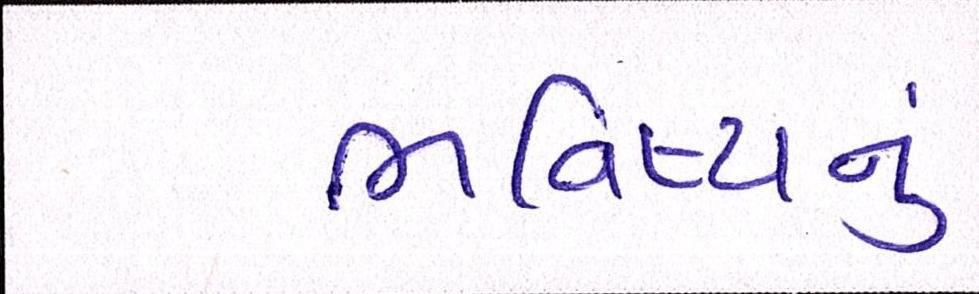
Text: ભવિષ્યનું